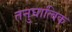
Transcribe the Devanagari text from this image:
तनुघात्विक